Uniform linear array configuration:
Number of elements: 64
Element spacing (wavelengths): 0.25
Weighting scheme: exponential
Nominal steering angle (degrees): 0
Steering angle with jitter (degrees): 0.4844
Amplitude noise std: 0.05
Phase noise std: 0.05

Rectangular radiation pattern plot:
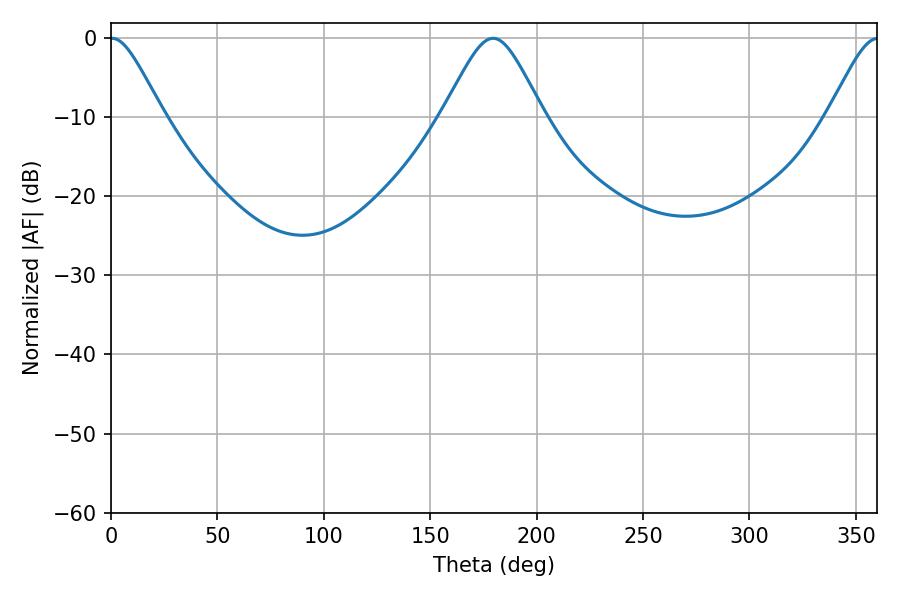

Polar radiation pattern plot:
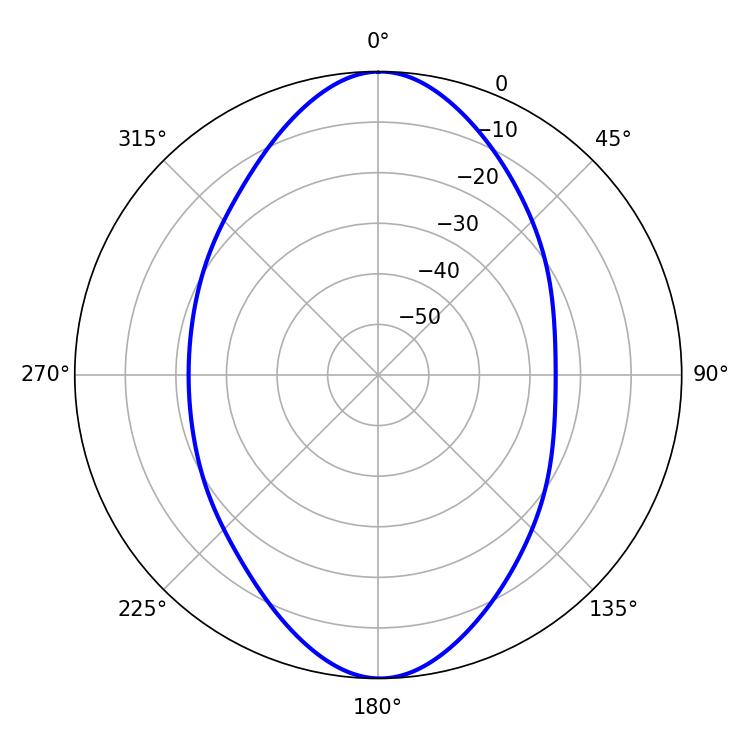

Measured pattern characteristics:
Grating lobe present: FALSE
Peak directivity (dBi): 26.138
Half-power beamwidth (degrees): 12.06
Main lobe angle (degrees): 0.54